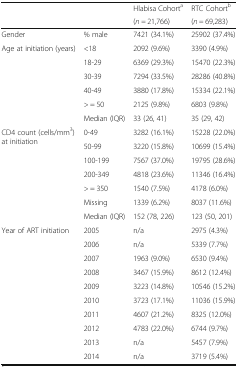
<table><thead><tr><td rowspan="2"></td><td rowspan="2"></td><td><b>Hlabisa Cohort<sup>a</sup></b></td><td><b>RTC Cohort<sup>b</sup></b></td></tr><tr><td><b>(<i>n =</i> 21,766)</b></td><td><b>(<i>n =</i> 69,283)</b></td></tr></thead><tbody><tr><td>Gender</td><td>% male</td><td>7421 (34.1%)</td><td>25902 (37.4%)</td></tr><tr><td rowspan="6">Age at initiation (years)</td><td>&lt;18</td><td>2092 (9.6%)</td><td>3390 (4.9%)</td></tr><tr><td>18-29</td><td>6369 (29.3%)</td><td>15470 (22.3%)</td></tr><tr><td>30-39</td><td>7294 (33.5%)</td><td>28286 (40.8%)</td></tr><tr><td>40-49</td><td>3880 (17.8%)</td><td>15334 (22.1%)</td></tr><tr><td>&gt; = 50</td><td>2125 (9.8%)</td><td>6803 (9.8%)</td></tr><tr><td>Median (IQR)</td><td>33 (26, 41)</td><td>35 (29, 42)</td></tr><tr><td rowspan="7">CD4 count (cells/mm<sup>3</sup>) at initiation</td><td>0-49</td><td>3282 (16.1%)</td><td>15228 (22.0%)</td></tr><tr><td>50-99</td><td>3220 (15.8%)</td><td>10699 (15.4%)</td></tr><tr><td>100-199</td><td>7567 (37.0%)</td><td>19795 (28.6%)</td></tr><tr><td>200-349</td><td>4818 (23.6%)</td><td>11346 (16.4%)</td></tr><tr><td>&gt; = 350</td><td>1540 (7.5%)</td><td>4178 (6.0%)</td></tr><tr><td>Missing</td><td>1339 (6.2%)</td><td>8037 (11.6%)</td></tr><tr><td>Median (IQR)</td><td>152 (78, 226)</td><td>123 (50, 201)</td></tr><tr><td rowspan="10">Year of ART initiation</td><td>2005</td><td>n/a</td><td>2975 (4.3%)</td></tr><tr><td>2006</td><td>n/a</td><td>5339 (7.7%)</td></tr><tr><td>2007</td><td>1963 (9.0%)</td><td>6530 (9.4%)</td></tr><tr><td>2008</td><td>3467 (15.9%)</td><td>8612 (12.4%)</td></tr><tr><td>2009</td><td>3223 (14.8%)</td><td>10546 (15.2%)</td></tr><tr><td>2010</td><td>3723 (17.1%)</td><td>11036 (15.9%)</td></tr><tr><td>2011</td><td>4607 (21.2%)</td><td>8325 (12.0%)</td></tr><tr><td>2012</td><td>4783 (22.0%)</td><td>6744 (9.7%)</td></tr><tr><td>2013</td><td>n/a</td><td>5457 (7.9%)</td></tr><tr><td>2014</td><td>n/a</td><td>3719 (5.4%)</td></tr></tbody></table>